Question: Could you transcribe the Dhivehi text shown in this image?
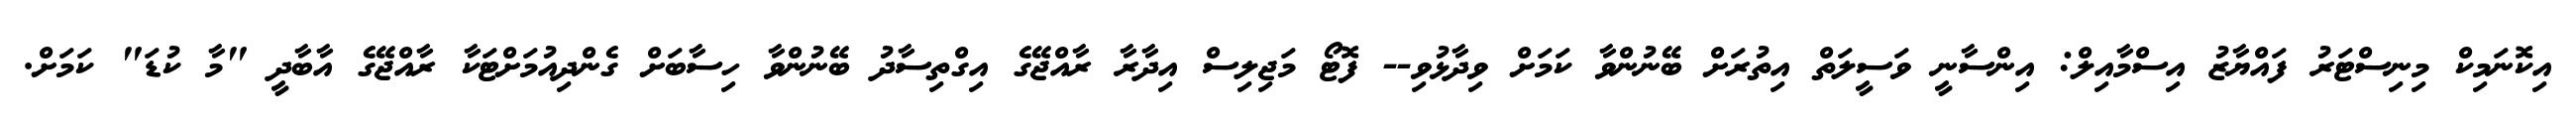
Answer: އިކޮނަމިކް މިނިސްޓަރު ފައްޔާޒު އިސްމާއިލް: އިންސާނީ ވަސީލަތް އިތުރަށް ބޭނުންވާ ކަމަށް ވިދާޅުވި-- ފޮޓޯ މަޖިލިސް އިދާރާ ރާއްޖޭގެ އިގްތިސާދު ބޭނުންވާ ހިސާބަށް ގެންދިއުމަށްޓަކާ ރާއްޖޭގެ އާބާދީ "މާ ކުޑަ" ކަމަށް.